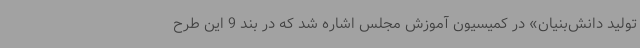
تولید دانش‌بنیان» در کمیسیون آموزش مجلس اشاره شد که در بند 9 این طرح